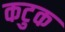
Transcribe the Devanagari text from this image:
कटुक